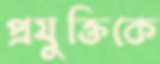
প্রযুক্তিকে